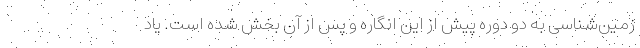
زمین‌شناسی به دو دوره پیش از این انگاره و پس از آن بخش شده است. یاد